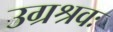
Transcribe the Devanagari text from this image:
उग्रश्रवः